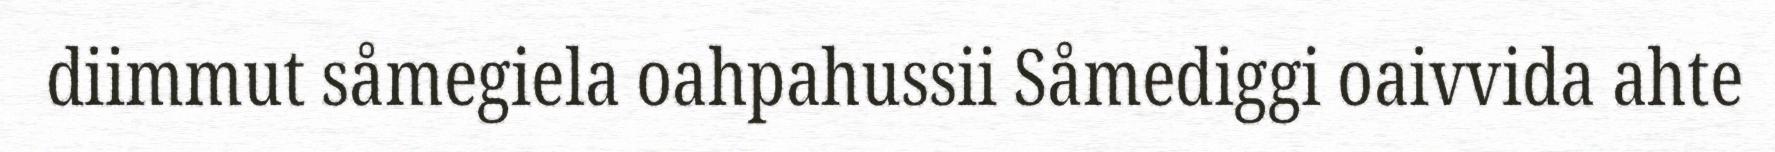
diimmut såmegiela oahpahussii Såmediggi oaivvida ahte